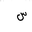
Letter: _sin